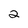
Character: 2